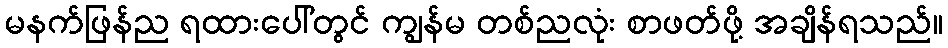
မနက်ဖြန်ည ရထားပေါ်တွင် ကျွန်မ တစ်ညလုံး စာဖတ်ဖို့ အချိန်ရသည်။